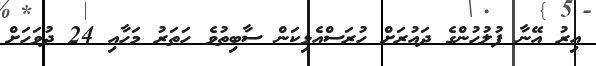
އިރު އޭނާ ފުލުހުންގެ ދައުރަށް ހުރަސްއެޅިކަން ސާބިތުވެ ހަތަރު މަހާއި 24 ދުވަހަށް